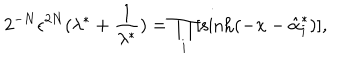
2 ^ { - N } \epsilon ^ { 2 N } ( \lambda ^ { * } + \frac { 1 } { \lambda ^ { * } } ) = \prod _ { i } [ \sinh ( - x - \hat { \alpha } _ { i } ^ { * } ) ] ,